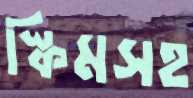
স্কিমসহ